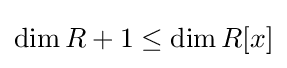
\dim R+1\leq \dim R[x]